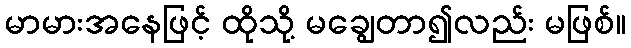
မာမားအနေဖြင့် ထိုသို့ မချွေတာ၍လည်း မဖြစ်။